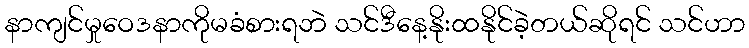
နာကျင်မှုဝေဒနာကိုမခံစားရဘဲ သင်ဒီနေ့နိုးထနိုင်ခဲ့တယ်ဆိုရင် သင်ဟာ